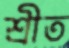
শ্রীত